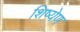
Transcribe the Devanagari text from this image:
शिष्येण